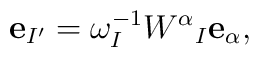
{\bf e}_{I'}=\omega_I^{-1}W^\alpha{}_I{\bf e}_\alpha,